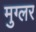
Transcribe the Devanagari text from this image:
मुग्लर